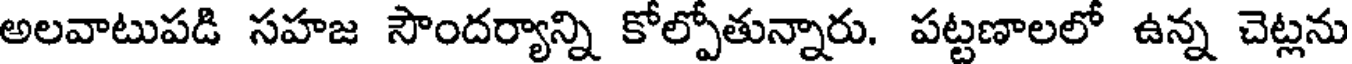
అలవాటుపడి సహజ సౌందర్యాన్ని కోల్పోతున్నారు. పట్టణాలలో ఉన్న చెట్లను